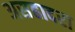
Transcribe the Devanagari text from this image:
असहादरा